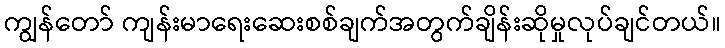
ကျွန်တော် ကျန်းမာရေးဆေးစစ်ချက်အတွက်ချိန်းဆိုမှုလုပ်ချင်တယ်။